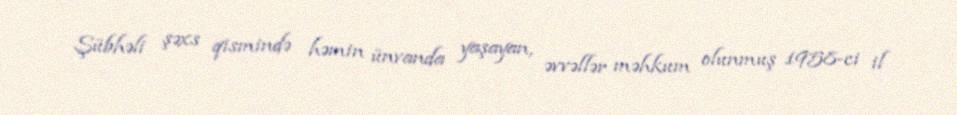
Şübhəli şəxs qismində həmin ünvanda yaşayan, əvvəllər məhkum olunmuş 1958-ci il